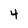
Character: 4